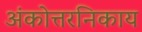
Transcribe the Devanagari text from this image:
अंकोत्तरनिकाय